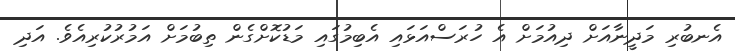
އެނބުރި މަދީނާއަށް ދިއުމަށް އެ ހުރަސްއަޅައި އެބިމުގައި މަޑުކޮށްގެން ތިބުމަށް އަމުރުކުރިއެވެ. އަދި